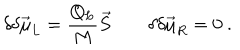
\delta \delta \vec { \mu } _ { L } = { \frac { Q _ { L } } { M } } \vec { S } \qquad \delta \delta \vec { \mu } _ { R } = 0 \ .